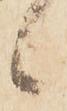
候